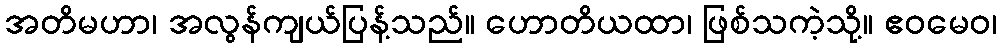
အတိမဟာ၊ အလွန်ကျယ်ပြန့်သည်။ ဟောတိယထာ၊ ဖြစ်သကဲ့သို့။ ဧဝမေဝ၊